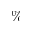
\%